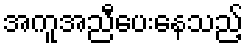
အကူအညီပေးနေသည့်